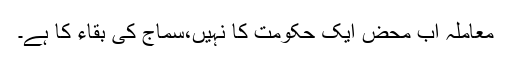
معاملہ اب محض ایک حکومت کا نہیں،سماج کی بقاء کا ہے۔